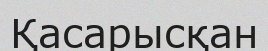
Қасарысқан